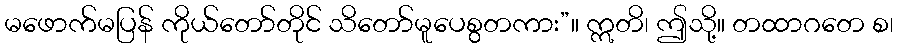
မဖောက်မပြန် ကိုယ်တော်တိုင် သိတော်မူပေစွတကား”။ ဣတိ၊ ဤသို့။ တထာဂတေ စ၊